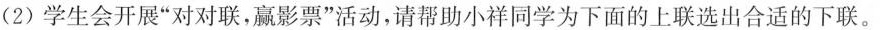
(2)学生会开展”对对联，赢影票”活动，请帮助小祥同学为下面的上联选出合适的下联。